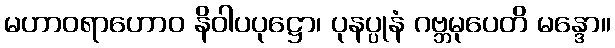
မဟာဝရာဟောဝ နိဝါပပုဋ္ဌော၊ ပုနပ္ပုနံ ဂဗ္ဘမုပေတိ မန္ဒော။